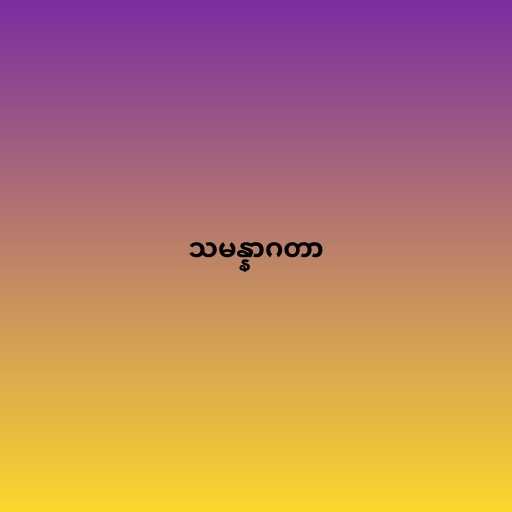
သမန္နာဂတာ